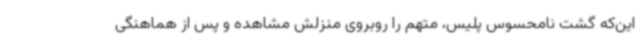
این‌که گشت نامحسوس پلیس، متهم را روبروی منزلش مشاهده و پس از هماهنگی